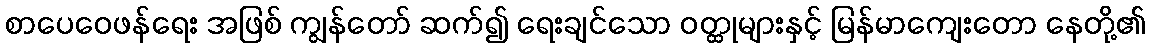
စာပေဝေဖန်ရေး အဖြစ် ကျွန်တော် ဆက်၍ ရေးချင်သော ဝတ္ထုများနှင့် မြန်မာကျေးတော နေတို့၏